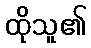
ထိုသူ၏